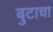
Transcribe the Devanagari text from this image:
बुटाचा